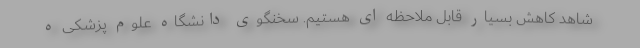
شاهد کاهش بسیار قابل ملاحظه ای هستیم. سخنگوی دانشگاه علوم پزشکی ه